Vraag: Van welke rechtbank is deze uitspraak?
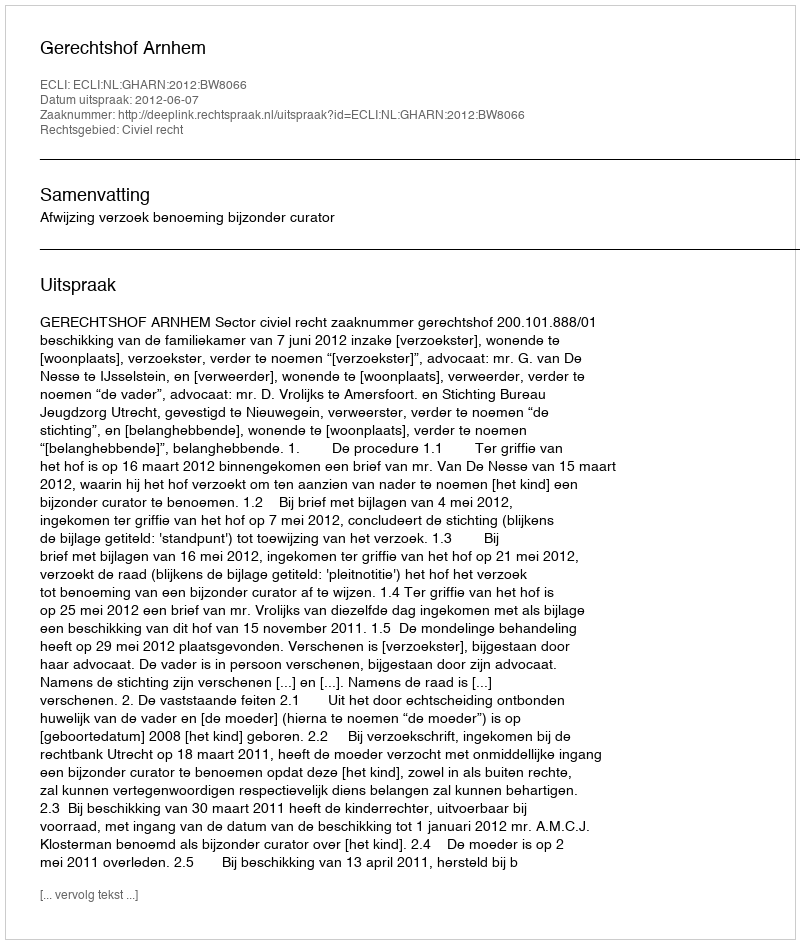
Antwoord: Gerechtshof Arnhem